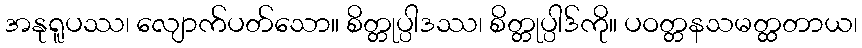
အနုရူပဿ၊ လျောက်ပတ်သော။ စိတ္တုပ္ပါဒဿ၊ စိတ္တုပ္ပါဒ်ကို။ ပဝတ္တနသမတ္ထတာယ၊